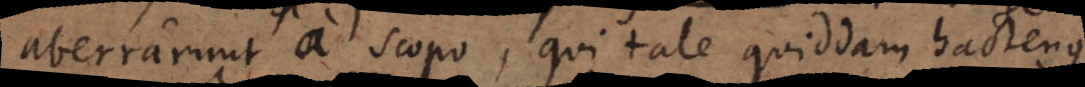
aberrarunt a scopo, qui tale quiddam hactenus